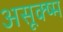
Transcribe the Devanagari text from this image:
असूक्ष्म